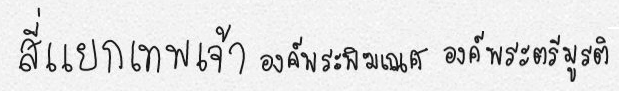
สี่แยกเทพเจ้า องค์พระพิฆเณศ องค์พระตรีมูรติ